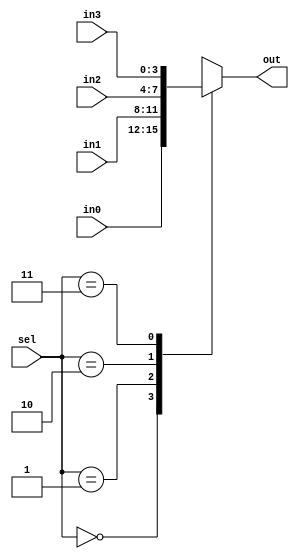
`timescale 1ns / 1ps
//////////////////////////////////////////////////////////////////////////////////


module mux4( input [3:0] in0,
             input [3:0] in1,
             input [3:0] in2,
             input [3:0] in3,
             input [1:0] sel,
             output reg [3:0] out
    );
    
    always@(*)
    begin
    case(sel)
    2'b00:
    begin
    out=in0;
    end
    2'b01:
    begin
    out=in1;
    end
    2'b10:
    begin
    out=in2;
    end
    2'b11:
    begin
    out=in3;
    end
    
    
    
    endcase
    
    
    
    end
    
    
    
endmodule